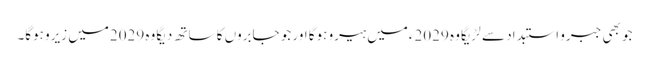
جو بھی جبرو استبداد سے لڑیگا وہ 2029ءمیں ہیرو ہوگا اور جو جابروں کا ساتھ دیگا وہ 2029میں زیرو ہوگا۔